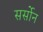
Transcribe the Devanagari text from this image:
सर्सोन